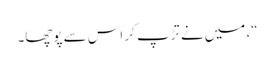
“، میں نے تڑپ کر اس سے پوچھا۔